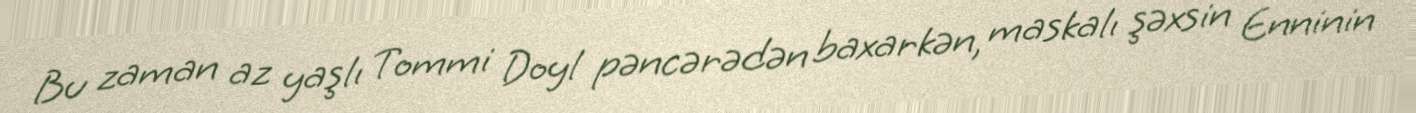
Bu zaman az yaşlı Tommi Doyl pəncərədən baxarkən, maskalı şəxsin Enninin